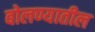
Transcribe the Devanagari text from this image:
बोलण्यातील